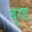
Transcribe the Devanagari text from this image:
बुरड